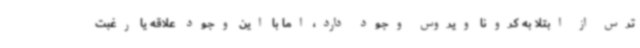
ترس از ابتلا به کرونا ویروس وجود دارد، اما با این وجود علاقه یا رغبت